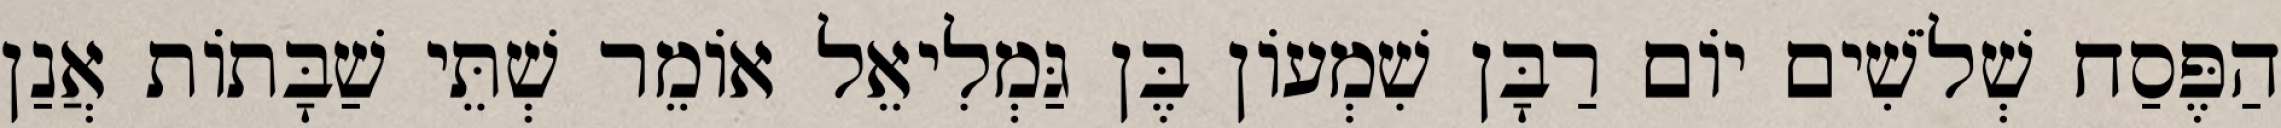
הַפֶּסַח שְׁלֹשִׁים יוֹם רַבָּן שִׁמְעוֹן בֶּן גַּמְלִיאֵל אוֹמֵר שְׁתֵּי שַׁבָּתוֹת אֲנַן